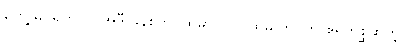
တွေ့မြင်ရတယ်၊ အဲဒီ ခုနစ်ဘဝထဲမှာ ၁။ ပထမ ဘဝက ဧရကစ္ဆဆိုတဲ့